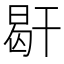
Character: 𢆜